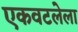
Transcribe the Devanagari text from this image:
एकवटलेला